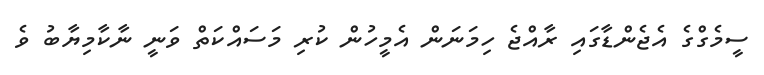
ސީމެގްގެ އެޖެންޑާގައި ރާއްޖެ ހިމަނަން އެމީހުން ކުރި މަސައްކަތް ވަނީ ނާކާމިޔާބު ވެ